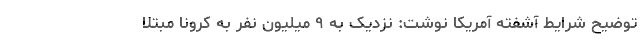
توضیح شرایط آشفته آمریکا نوشت: نزدیک به ۹ میلیون نفر به کرونا مبتلا